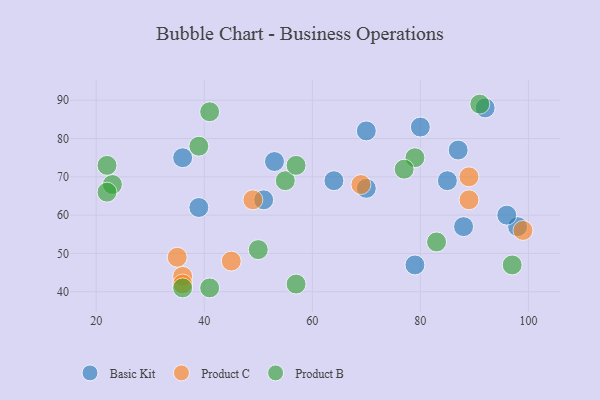
{"axis": {"x": "GDP", "y": "Life Expectancy"}, "legend": ["Basic Kit", "Product B", "Product C"], "data": [{"x": "87", "y": 77, "type": "Basic Kit"}, {"x": "98", "y": 57, "type": "Basic Kit"}, {"x": "88", "y": 57, "type": "Basic Kit"}, {"x": "51", "y": 64, "type": "Basic Kit"}, {"x": "64", "y": 69, "type": "Basic Kit"}, {"x": "36", "y": 75, "type": "Basic Kit"}, {"x": "53", "y": 74, "type": "Basic Kit"}, {"x": "80", "y": 83, "type": "Basic Kit"}, {"x": "39", "y": 62, "type": "Basic Kit"}, {"x": "79", "y": 47, "type": "Basic Kit"}, {"x": "96", "y": 60, "type": "Basic Kit"}, {"x": "70", "y": 67, "type": "Basic Kit"}, {"x": "70", "y": 82, "type": "Basic Kit"}, {"x": "85", "y": 69, "type": "Basic Kit"}, {"x": "92", "y": 88, "type": "Basic Kit"}, {"x": "45", "y": 48, "type": "Product C"}, {"x": "35", "y": 49, "type": "Product C"}, {"x": "36", "y": 44, "type": "Product C"}, {"x": "36", "y": 42, "type": "Product C"}, {"x": "69", "y": 68, "type": "Product C"}, {"x": "89", "y": 70, "type": "Product C"}, {"x": "49", "y": 64, "type": "Product C"}, {"x": "89", "y": 64, "type": "Product C"}, {"x": "99", "y": 56, "type": "Product C"}, {"x": "91", "y": 89, "type": "Product B"}, {"x": "55", "y": 69, "type": "Product B"}, {"x": "39", "y": 78, "type": "Product B"}, {"x": "36", "y": 41, "type": "Product B"}, {"x": "57", "y": 73, "type": "Product B"}, {"x": "50", "y": 51, "type": "Product B"}, {"x": "41", "y": 41, "type": "Product B"}, {"x": "79", "y": 75, "type": "Product B"}, {"x": "41", "y": 87, "type": "Product B"}, {"x": "57", "y": 42, "type": "Product B"}, {"x": "83", "y": 53, "type": "Product B"}, {"x": "23", "y": 68, "type": "Product B"}, {"x": "77", "y": 72, "type": "Product B"}, {"x": "97", "y": 47, "type": "Product B"}, {"x": "22", "y": 66, "type": "Product B"}, {"x": "22", "y": 73, "type": "Product B"}]}